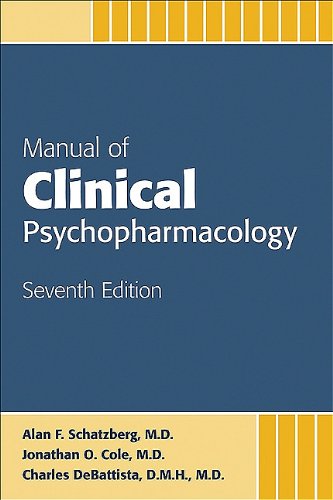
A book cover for Manual of Clinical Psychopharmacology; Alan F. Schatzberg; Medical Books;